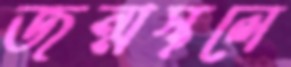
জন্মস্থলে